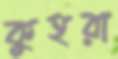
কুহরা